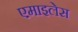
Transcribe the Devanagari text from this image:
एमाइलेस